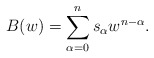
\begin{align*}B(w) = \sum_{\alpha=0}^n s_\alpha w^{n-\alpha}. \end{align*}